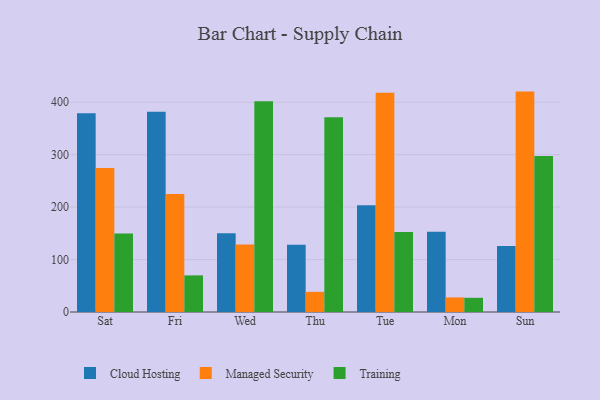
{"axis": {"x": "Day", "y": "Market Share (%)"}, "legend": ["Cloud Hosting", "Managed Security", "Training"], "data": [{"x": "Sat", "y": 378.9, "type": "Cloud Hosting"}, {"x": "Sat", "y": 274.7, "type": "Managed Security"}, {"x": "Sat", "y": 149.7, "type": "Training"}, {"x": "Fri", "y": 381.8, "type": "Cloud Hosting"}, {"x": "Fri", "y": 224.8, "type": "Managed Security"}, {"x": "Fri", "y": 69.8, "type": "Training"}, {"x": "Wed", "y": 150.0, "type": "Cloud Hosting"}, {"x": "Wed", "y": 128.7, "type": "Managed Security"}, {"x": "Wed", "y": 401.6, "type": "Training"}, {"x": "Thu", "y": 128.4, "type": "Cloud Hosting"}, {"x": "Thu", "y": 38.4, "type": "Managed Security"}, {"x": "Thu", "y": 371.2, "type": "Training"}, {"x": "Tue", "y": 203.5, "type": "Cloud Hosting"}, {"x": "Tue", "y": 417.9, "type": "Managed Security"}, {"x": "Tue", "y": 152.3, "type": "Training"}, {"x": "Mon", "y": 152.9, "type": "Cloud Hosting"}, {"x": "Mon", "y": 27.8, "type": "Managed Security"}, {"x": "Mon", "y": 27.1, "type": "Training"}, {"x": "Sun", "y": 125.8, "type": "Cloud Hosting"}, {"x": "Sun", "y": 420.2, "type": "Managed Security"}, {"x": "Sun", "y": 297.5, "type": "Training"}]}